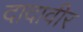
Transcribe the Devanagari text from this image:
दादावीर